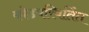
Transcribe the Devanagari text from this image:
कोडपरिवर्तित